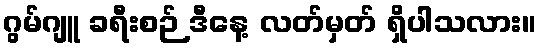
ဂွမ်ဂျူ ခရီးစဉ် ဒီနေ့ လတ်မှတ် ရှိပါသလား။